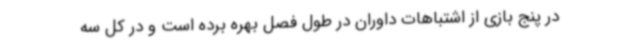
در پنج بازی از اشتباهات داوران در طول فصل بهره برده است و در کل سه